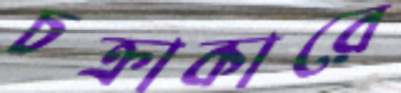
চক্রাকারে